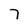
Character: 7